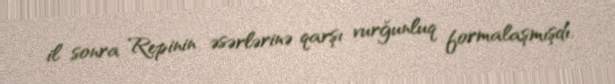
il sonra Repinin əsərlərinə qarşı vurğunluq formalaşmışdı.